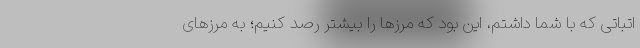
اتباتی که با شما داشتم، این بود که مرزها را بیشتر رصد کنیم؛ به مرزهای